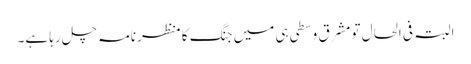
البتہ فی الحال تو مشرق وسطی ہی میں جنگ کا منظر نامہ چل رہا ہے۔